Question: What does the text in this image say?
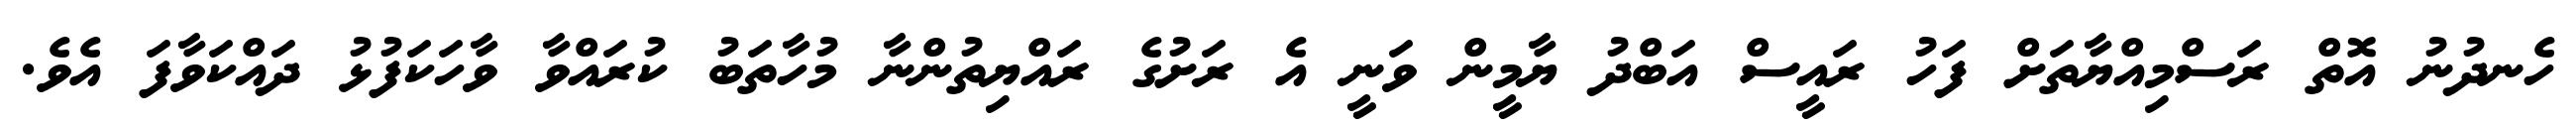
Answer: ހެނދުނު އޮތް ރަސްމިއްޔާތަށް ފަހު ރައީސް އަބްދު ޔާމީން ވަނީ އެ ރަށުގެ ރައްޔިތުންނާ މުހާތަބު ކުރައްވާ ވާހަކަފުޅު ދައްކަވާފަ އެވެ.